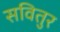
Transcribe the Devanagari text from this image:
सवितुर